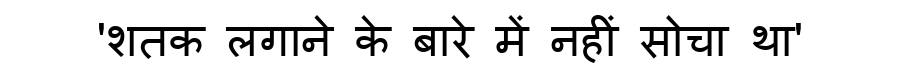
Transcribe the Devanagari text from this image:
'शतक लगाने के बारे में नहीं सोचा था'